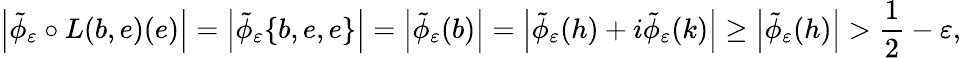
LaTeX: \left|\tilde{\phi}_{\varepsilon}\circ L(b,e)(e)\right|=\left|\tilde{\phi}_{\varepsilon}\{ b,e,e\} \right|=\left|\tilde{\phi}_{\varepsilon}(b)\right|=\left|\tilde{\phi}_{\varepsilon}(h)+i\tilde{\phi}_{\varepsilon}(k)\right|\geq\left|\tilde{\phi}_{\varepsilon}(h)\right|>\frac 12-\varepsilon,